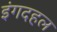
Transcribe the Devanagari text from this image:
इंगदहल